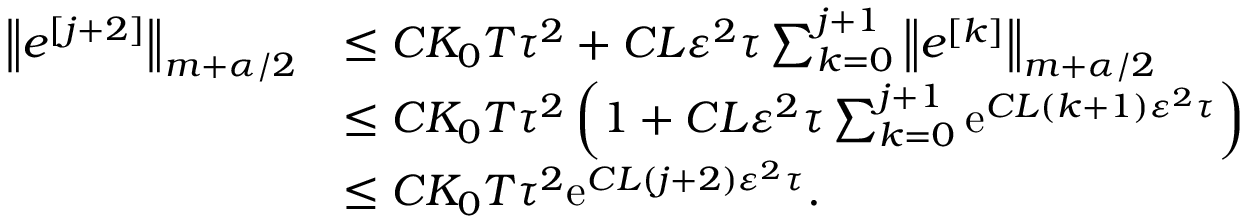
\begin{array} { r l } { \left\| e ^ { [ j + 2 ] } \right\| _ { m + \alpha / 2 } } & { \leq { C K _ { 0 } T \tau ^ { 2 } } + { C L \varepsilon ^ { 2 } \tau } \sum _ { k = 0 } ^ { j + 1 } \left\| e ^ { [ k ] } \right\| _ { m + \alpha / 2 } } \\ & { \leq { C K _ { 0 } T \tau ^ { 2 } } \left( 1 + { C L \varepsilon ^ { 2 } \tau } \sum _ { k = 0 } ^ { j + 1 } \mathrm { e } ^ { C L ( k + 1 ) \varepsilon ^ { 2 } \tau } \right) } \\ & { \leq { C K _ { 0 } T \tau ^ { 2 } } \mathrm { e } ^ { C L ( j + 2 ) \varepsilon ^ { 2 } \tau } . } \end{array}